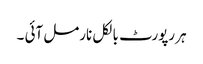
ہر رپورٹ بالکل نارمل آئی ۔